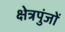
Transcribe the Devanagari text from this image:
क्षेत्रपुंजों